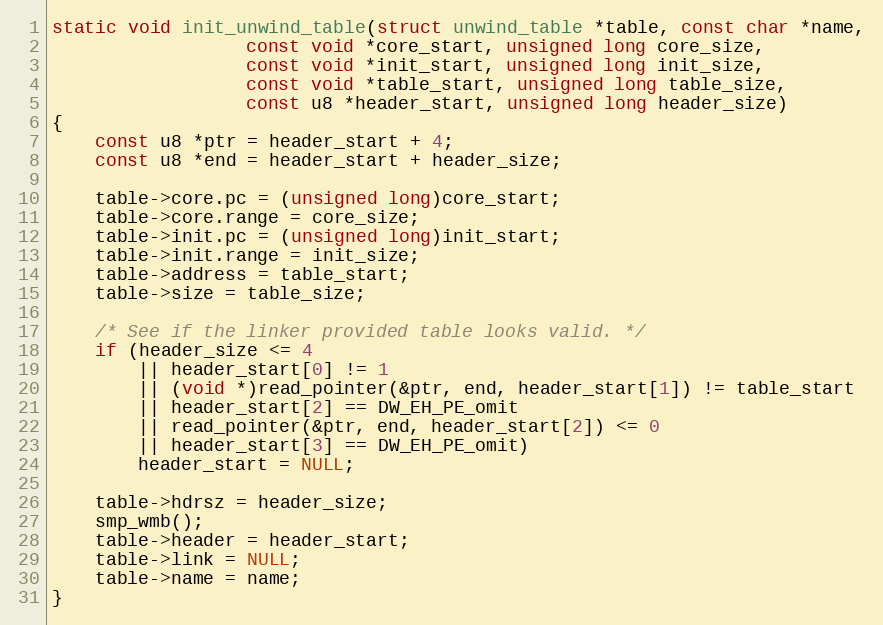
Language: C
static void init_unwind_table(struct unwind_table *table, const char *name,
			      const void *core_start, unsigned long core_size,
			      const void *init_start, unsigned long init_size,
			      const void *table_start, unsigned long table_size,
			      const u8 *header_start, unsigned long header_size)
{
	const u8 *ptr = header_start + 4;
	const u8 *end = header_start + header_size;

	table->core.pc = (unsigned long)core_start;
	table->core.range = core_size;
	table->init.pc = (unsigned long)init_start;
	table->init.range = init_size;
	table->address = table_start;
	table->size = table_size;

	/* See if the linker provided table looks valid. */
	if (header_size <= 4
	    || header_start[0] != 1
	    || (void *)read_pointer(&ptr, end, header_start[1]) != table_start
	    || header_start[2] == DW_EH_PE_omit
	    || read_pointer(&ptr, end, header_start[2]) <= 0
	    || header_start[3] == DW_EH_PE_omit)
		header_start = NULL;

	table->hdrsz = header_size;
	smp_wmb();
	table->header = header_start;
	table->link = NULL;
	table->name = name;
}